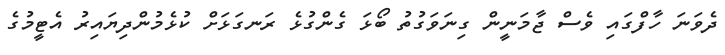
ދެވަނަ ހާފްގައި ވެސް ޖާމަނީން ގިނަވަގުތު ބޯޅަ ގެންގުޅެ ރަނގަޅަށް ކުޅެމުންދިޔައިރު އެޓީމުގެ